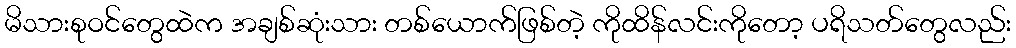
မိသားစုဝင်တွေထဲက အချစ်ဆုံးသား တစ်ယောက်ဖြစ်တဲ့ ကိုထိန်လင်းကိုတော့ ပရိသတ်တွေလည်း